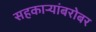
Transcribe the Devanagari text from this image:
सहकाऱ्यांबरोबर